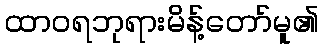
ထာဝရဘုရားမိန့်တော်မူ၏